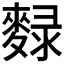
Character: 𪍄